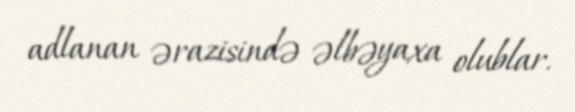
adlanan ərazisində əlbəyaxa olublar.